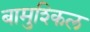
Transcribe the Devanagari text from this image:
बामुश्किल